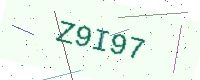
Text: Z9I97